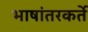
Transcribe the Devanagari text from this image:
भाषांतरकर्ते